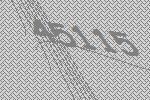
45115